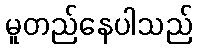
မူတည်နေပါသည်